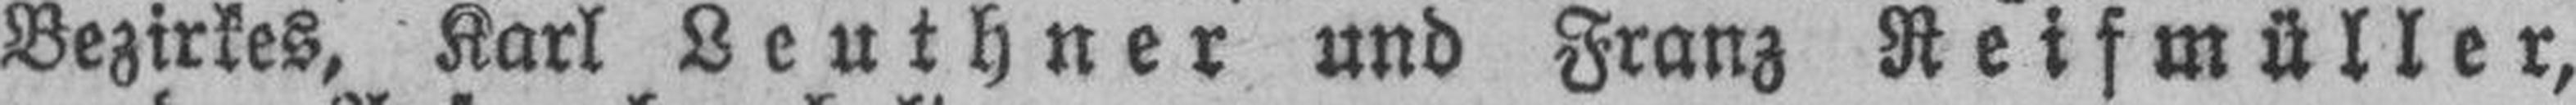
Bezirkes, Karl Leuthner und Franz Reifmüller,